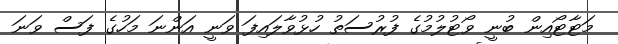
މަޓާޓޯއިން ބުނީ ވޯޓުލުމުގެ ފުރުސަތު ހުޅުވާލައިފަ ވަނީ އަންނަ މަހުގެ ފަސް ވަނަ